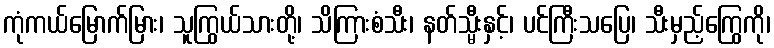
ကုံကယ်မြောက်မြား၊ သူကြွယ်သားတို့၊ သိကြားစံသီး၊ နတ်သ္မီးနှင့်၊ ပင်ကြီးသပြေ၊ သီးမှည့်ကြွေကို၊